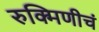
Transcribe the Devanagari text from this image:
रुक्मिणीचं